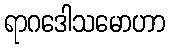
ရာဂဒေါသမောဟာ